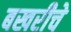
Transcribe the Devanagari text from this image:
बखरीचे